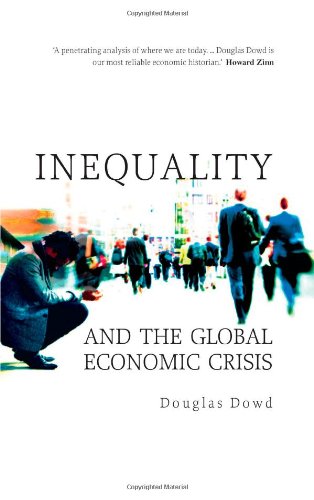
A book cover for Inequality and the Global Economic Crisis; Douglas Dowd; Business & Money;